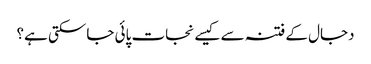
دجال کے فتنہ سے کیسے نجات پائی جاسکتی ہے؟